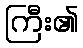
ကြီး၏